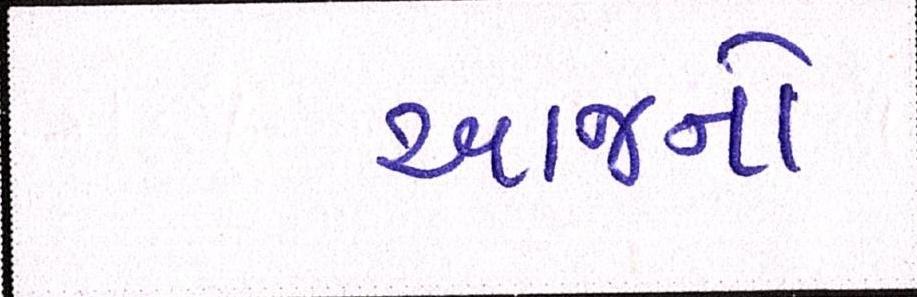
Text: આજનો